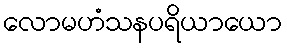
လောမဟံသနပရိယာယော